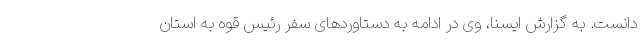
دانست. به گزارش ایسنا، وی در ادامه به دستاوردهای سفر رئیس قوه به استان